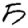
Digit: 5